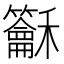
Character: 𥤖